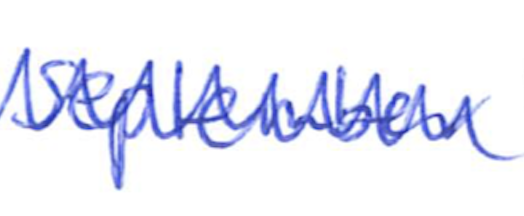
Text: September
Cross-out: zig-zag
Writing tool: ballpoint